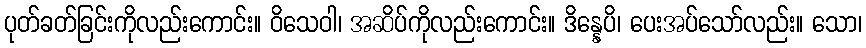
ပုတ်ခတ်ခြင်းကိုလည်းကောင်း။ ဝိသေဝါ၊ အဆိပ်ကိုလည်းကောင်း။ ဒိန္နေပိ၊ ပေးအပ်သော်လည်း။ သော၊